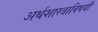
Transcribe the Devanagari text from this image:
अर्थशास्त्राविषयी